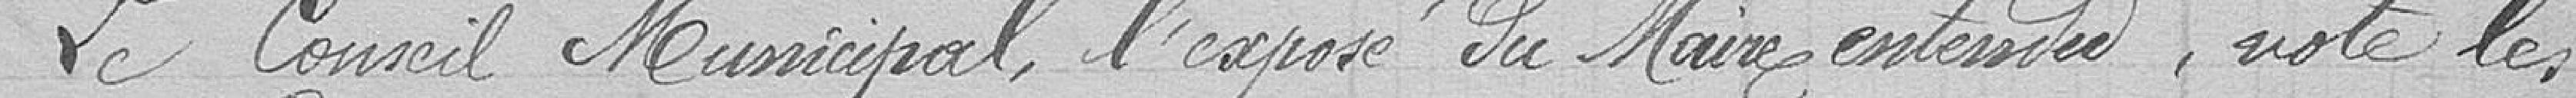
Le Conseil municipal , l'exposé du Maire enterriné, vote les